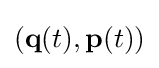
(\mathbf {q} (t),\mathbf {p} (t))